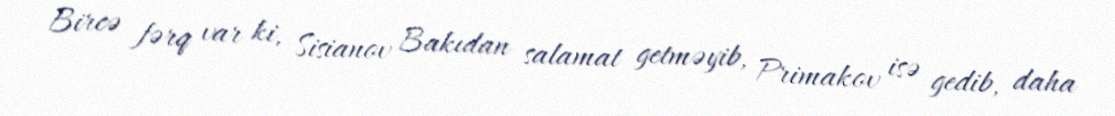
Bircə fərq var ki, Sisianov Bakıdan salamat getməyib, Primakov isə gedib, daha